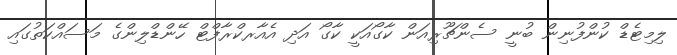
ލިމިޓެޑް ކުންފުނިން ބުނީ ސެންޗޫރިއަން ކާގޯއަކީ ކާގޯ އަދި އެއާރކްރާފްޓް ހޭންޑްލިންގެ މަސައްކަތުގައި